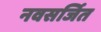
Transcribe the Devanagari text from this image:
नवसर्जित